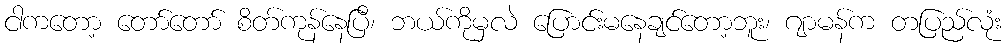
ငါကတော့ တော်တော် စိတ်ကုန်နေပြီ၊ ဘယ်ကိုမှလဲ ပြောင်းမနေချင်တော့ဘူး၊ ဂျာမန်က တပြည်လုံး